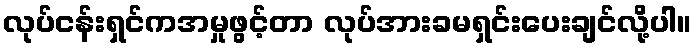
လုပ်ငန်းရှင်ကအမှုဖွင့်တာ လုပ်အားခမရှင်းပေးချင်လို့ပါ။